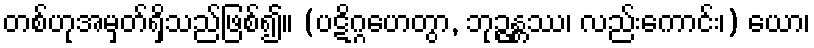
တစ်ဟုအမှတ်ရှိသည်ဖြစ်၍။ (ပဋိဂ္ဂဟေတွာ, ဘုဉ္ဇန္တဿ၊ လည်းကောင်း၊) ယော၊